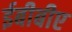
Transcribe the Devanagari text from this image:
ईबीबीए